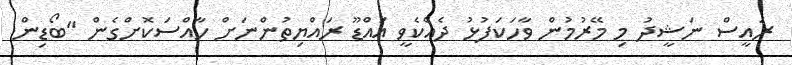
ރައީސް ނަޝީދު މި މޭރުމުން ވާހަކަފުޅު ދެއްކެވީ އައްޑޫ ރައްޔިތުންނަށް ހާއްސަކޮށްގެން "ބޯޑިން